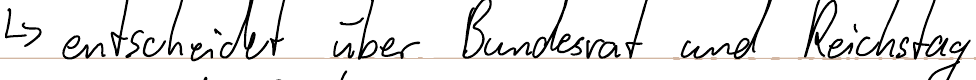
-> entscheidet über Bundesrat und Reichstag